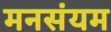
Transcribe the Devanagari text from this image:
मनसंयम